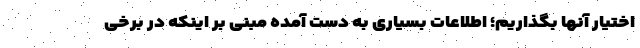
اختیار آنها بگذاریم؛ اطلاعات بسیاری به دست آمده مبنی بر اینکه در برخی